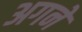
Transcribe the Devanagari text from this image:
अगने